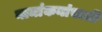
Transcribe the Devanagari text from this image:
नामांकनांसाठी